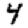
Digit: 4